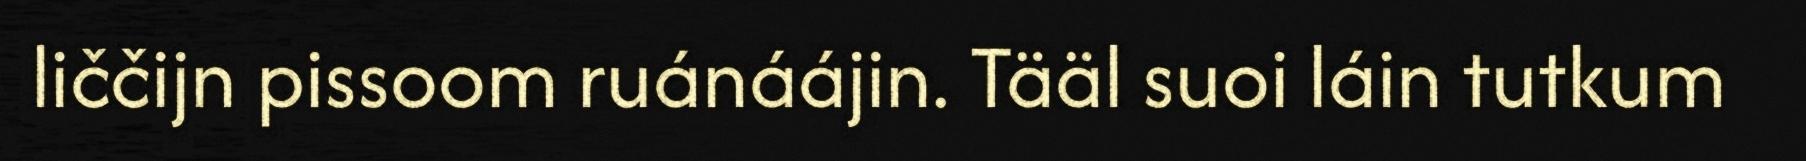
liččijn pissoom ruánáájin. Tääl suoi láin tutkum